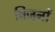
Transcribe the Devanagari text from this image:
विजनों